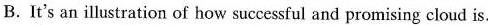
B.It's an illustration of how successful and promising cloud is.